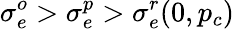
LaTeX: \sigma_{e}^{o}>\sigma_{e}^{p}>\sigma_{e}^{r}(0,p_{c})